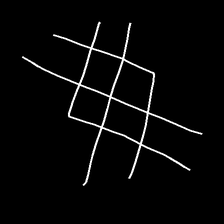
Glyph: crystal